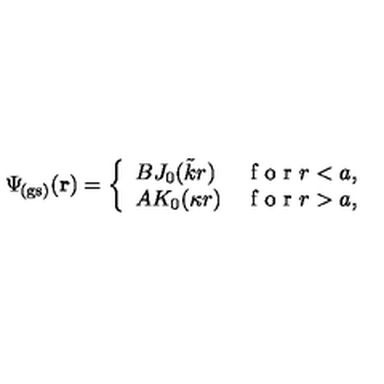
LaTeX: \Psi _ { \! \mathrm { ( g s ) } } ( { \bf r } ) = \left\{ \begin{array} { l r } { B J _ { 0 } ( \tilde { k } r ) } & { \textrm { f o r } r < a , } \\ { A K _ { 0 } ( \kappa r ) } & { \textrm { f o r } r > a , } \\ \end{array} \right.